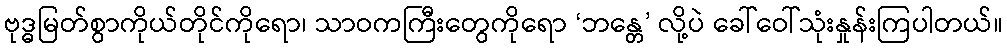
ဗုဒ္ဓမြတ်စွာကိုယ်တိုင်ကိုရော၊ သာဝကကြီးတွေကိုရော ‘ဘန္တေ’ လို့ပဲ ခေါ်ဝေါ်သုံးနှုန်းကြပါတယ်။